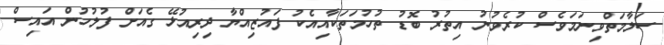
ސަލާމަތްވިނަމަވެސް ކުރެވުނު އިތުރު ބޮޑު ތުހުމަތަކާއިއެކު ފައުޒިއްޔާ ދިރިއުޅޭ ގެއަށް ފުލުހުން އައިސް